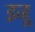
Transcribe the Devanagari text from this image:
इजू